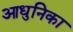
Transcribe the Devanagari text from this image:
आधुनिका